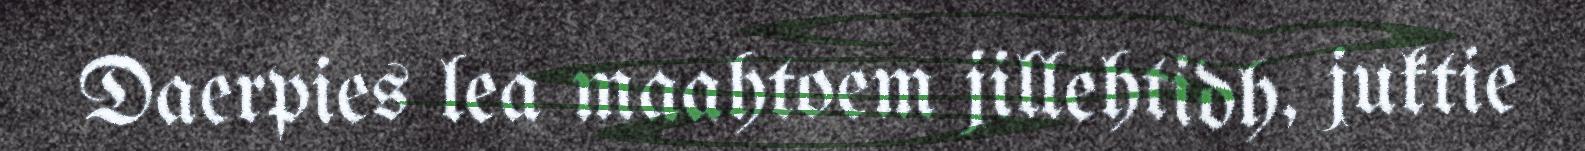
Daerpies lea maahtoem jillehtidh, juktie